Bombay plague: being a history of the progress of plague in the Bombay presidency from September 1896 to June 1899
Year: 1896
Disease focus: Plague
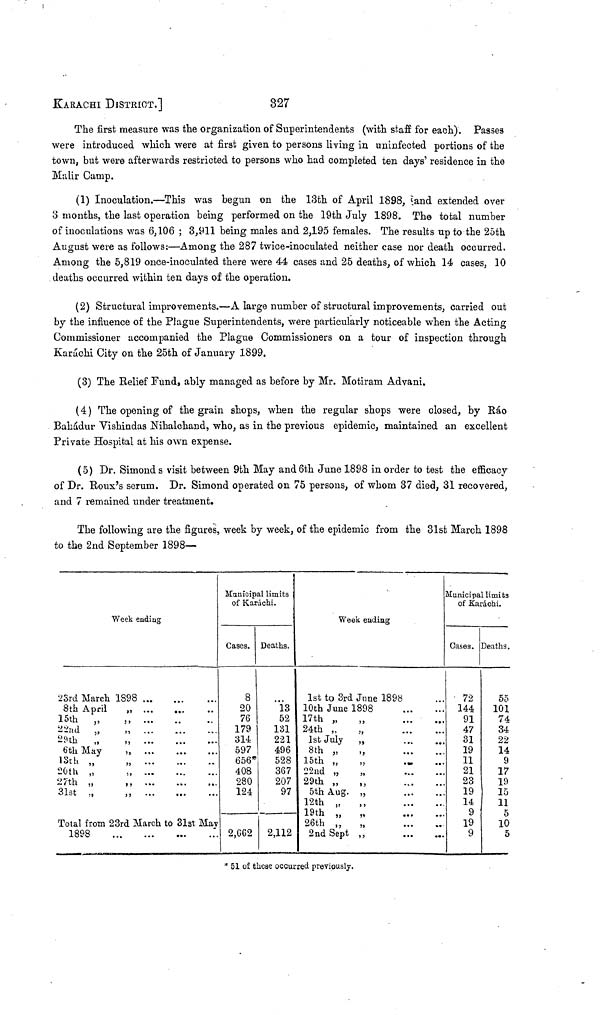
KARACHI DISTRICT.]
327
The first measure was the organization of Superintendents (with staff for each). Passes
were introduced which were at first given to persons living in uninfected portions of the
town, but were afterwards restricted to persons who had completed ten days' residence in the
Malir Camp.
(1) Inoculation.—This was begun on the 13th of April 1898, land extended over
3 months, the last operation being performed on the 19th July 1898. The total number
of inoculations was 6,106 ; 3,911 being males and 2,195 females. The results up to the 25th
August were as follows:—Among the 287 twice-inoculated neither case nor death occurred.
Among the 5,819 once-inoculated there were 44 cases and 25 deaths, of which 14 cases, 10
deaths occurred within ten days of the operation.
(2) Structural improvements.—A large number of structural improvements, carried out
by the influence of the Plague Superintendents, were particularly noticeable when the Acting
Commissioner accompanied the Plague Commissioners on a tour of inspection through
Karáchi City on the 25th of January 1899.
(3) The Relief Fund, ably managed as before by Mr. Motiram Advani.
(4) The opening of the grain shops, when the regular shops were closed, by Ráo
Báhdur Vishindas Nihalchand, who, as in the previous epidemic, maintained an excellent
Private Hospital at his own expense.
(5) Dr. Simond s visit between 9th May and 6th June 1898 in order to test the efficacy
of Dr. Roux's serum. Dr. Simond operated on 75 persons, of whom 37 died, 31 recovered,
and 7 remained under treatment.
The following are the figures, week by week, of the epidemic from the 31st March 1898
to the 2nd September 1898—
Week ending
23rd March 1898
8th April ,, ...
...
15th ,,
,
22nd
„
„
29th
„
„
6th May
„
13th „
„
20th „
„
27th „
,,
31St
,,
,,
. .
..
...
Total from 23rd March to 31st May
1898
Municipal limits
of Karáchi.
Cases.
8
20
76
179
314
597
656*
408
280
124
2,662
Deaths.
13
52
131
221
496
528
367
207
97
2,112
Week ending
1st to 3rd June 1898
10th June 1898
17th ,
..
24th ,
1st July
,
8th ,
15th ,
„
22nd ,
29th ,
5th Aug.
12th „
19th „
26th „
2nd Sept
Municipal limits
of Karachi.
Cases.
' 72
144
91
47
31
19
11
21
23
19
14
9
19
9
Deaths.
55
101
74
34
22
14
9
17
19
15
11
5
10
5
* 51 of these occurred previously.